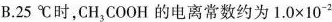
B.25℃时，CH_{3}COOH的电离常数约为$$1 . 0 \times 1 0 ^ { - 2 }$$